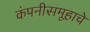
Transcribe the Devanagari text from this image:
कंपनीसमूहाचे